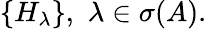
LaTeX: \{ H_{\lambda}\} ,\, \, \lambda\in\sigma(A).